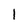
Character: 1